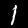
Digit: 1